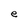
Character: e